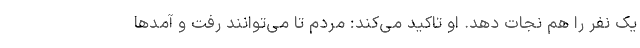
یک نفر را هم نجات دهد. او تاکید می‌کند: مردم تا می‌توانند رفت و آمدها